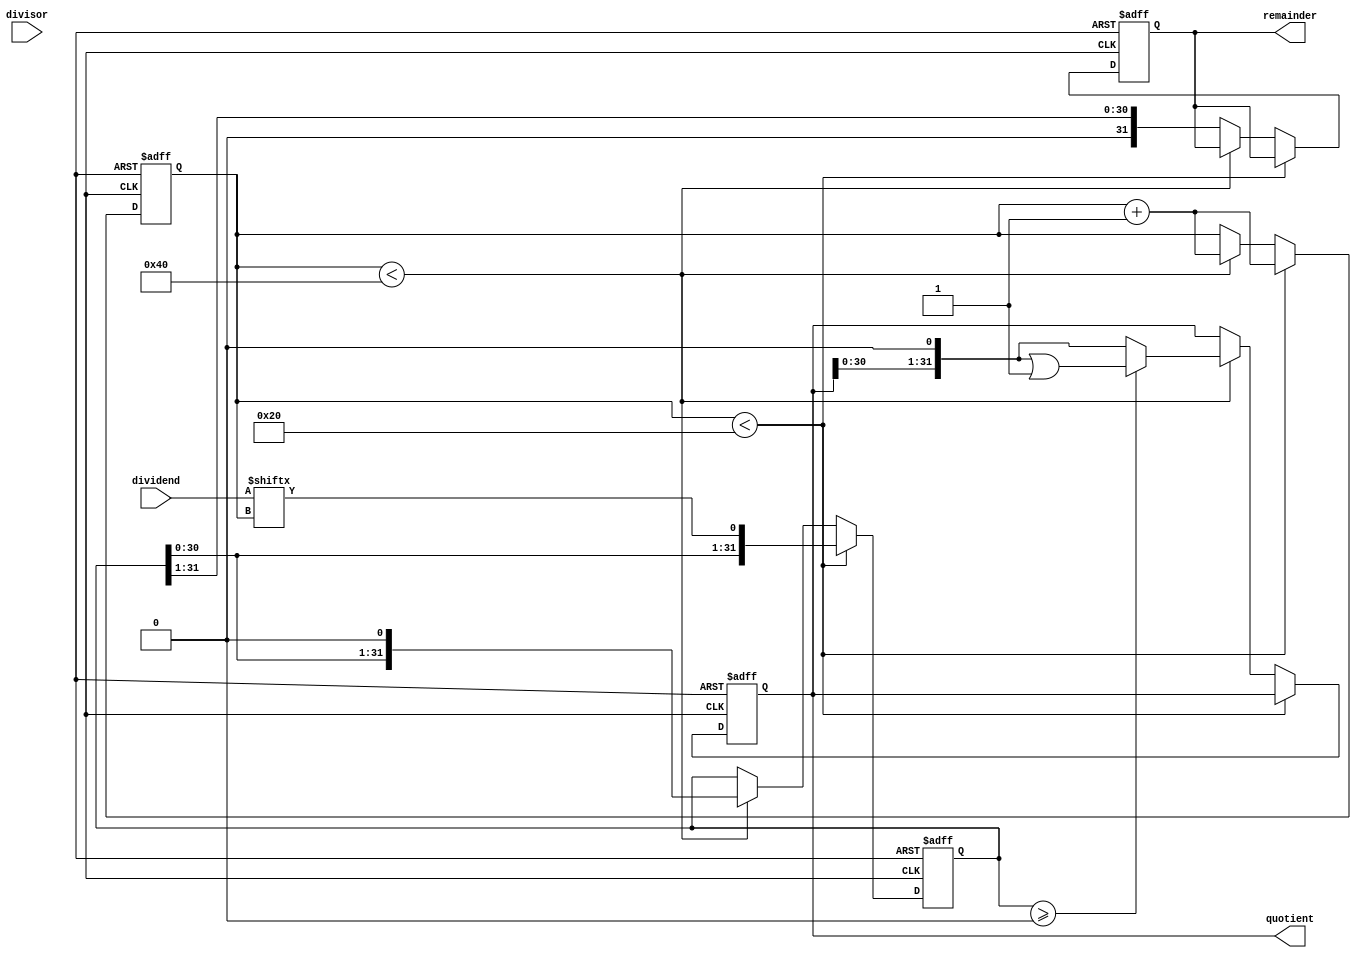
module Pipelined_Divider (
    input wire [31:0] dividend,
    input wire [31:0] divisor,
    output reg [31:0] quotient,
    output reg [31:0] remainder
);

reg [31:0] accumulator;
reg [4:0] count;

always @ (posedge clk or negedge rst) begin
    if (!rst) begin
        accumulator <= 0;
        count <= 0;
        quotient <= 0;
        remainder <= 0;
    end else begin
        if (count < 32) begin
            accumulator <= {accumulator, dividend[count]};
            count <= count + 1;
        end else if (count < 64) begin
            accumulator <= accumulator - divisor;
            if (accumulator >= 0) begin
                accumulator <= accumulator << 1;
                quotient <= quotient << 1 | 1;
            end else begin
                accumulator <= accumulator + divisor;
                accumulator <= accumulator << 1;
                quotient <= quotient << 1;
            end
            count <= count + 1;
        end else begin
            remainder <= accumulator >> 1;
        end
    end
end

endmodule